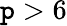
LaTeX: \mathtt{p}>6